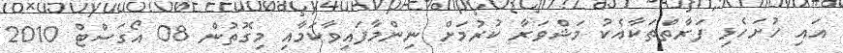
އައި ހުށަހެޅި ފަރާތްތަކާއެކު މަޝްވަރާ ކުރުމަށް ނިންމާފައިވާކަމާއި މިގޮތުން 08 އޯގަސްޓް 2010